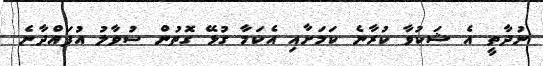
ނުދާތީ އެ ޝަކުވާ ކުރާނެ ކަމަށާއި އެކަމާ ގުޅޭ ގޮތުން ސުވާލު އުފައްދާނެ